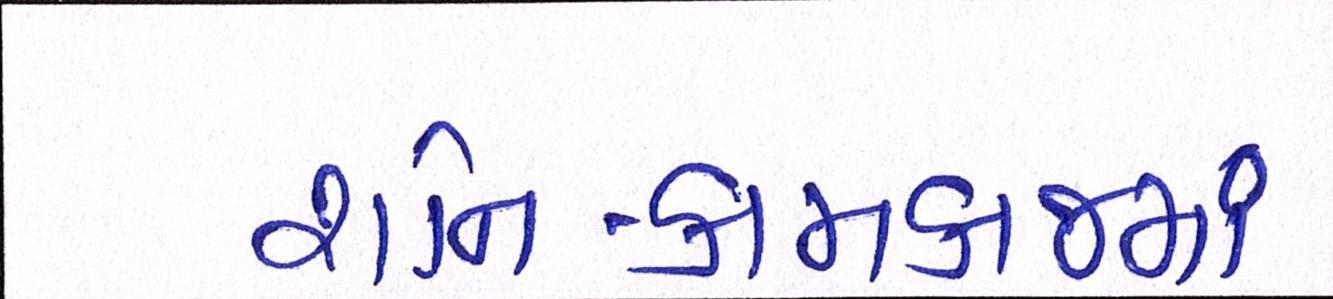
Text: શનિ-કામકાજમાં